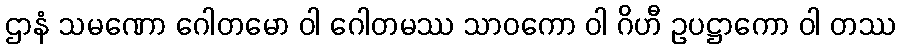
ဌာနံ သမဏော ဂေါတမော ဝါ ဂေါတမဿ သာဝကော ဝါ ဂိဟီ ဥပဋ္ဌာကော ဝါ တဿ